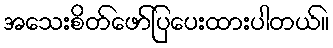
အသေးစိတ်ဖော်ပြပေးထားပါတယ်။